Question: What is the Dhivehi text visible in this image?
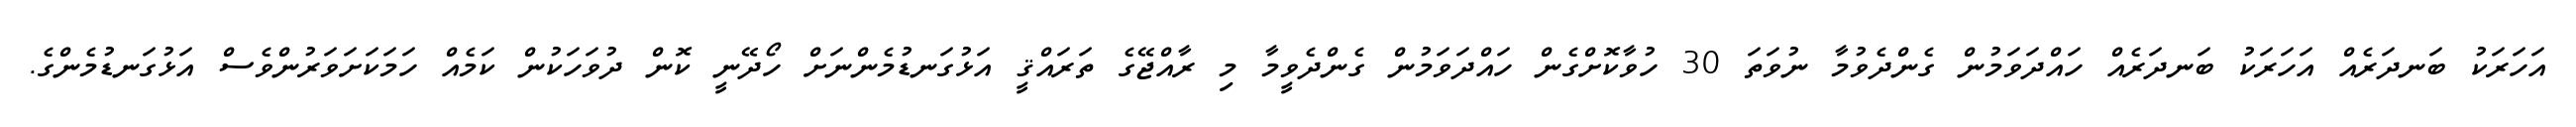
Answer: އަހަރަކު ބަނދަރެއް އަހަރަކު ބަނދަރެއް ހައްދަވަމުން ގެންދެވުމާ ނުވަތަ 30 ހުވާކޮށްގެން ހައްދަވަމުން ގެންދެވީމާ މި ރާއްޖޭގެ ތަރައްޤީ އަޅުގަނޑުމެންނަށް ހޯދޭނީ ކޮން ދުވަހަކުން ކަމެއް ހަމަކަށަވަރުންވެސް އަޅުގަނޑުމެންގެ.